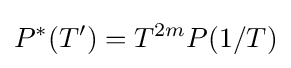
P^{*}(T')=T^{2m}P(1/T)